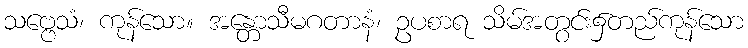
သဗ္ဗေသံ၊ ကုန်သော။ အန္တောသီမဂတာနံ၊ ဥပစာရ သိမ်အတွင်း၌တည်ကုန်သော